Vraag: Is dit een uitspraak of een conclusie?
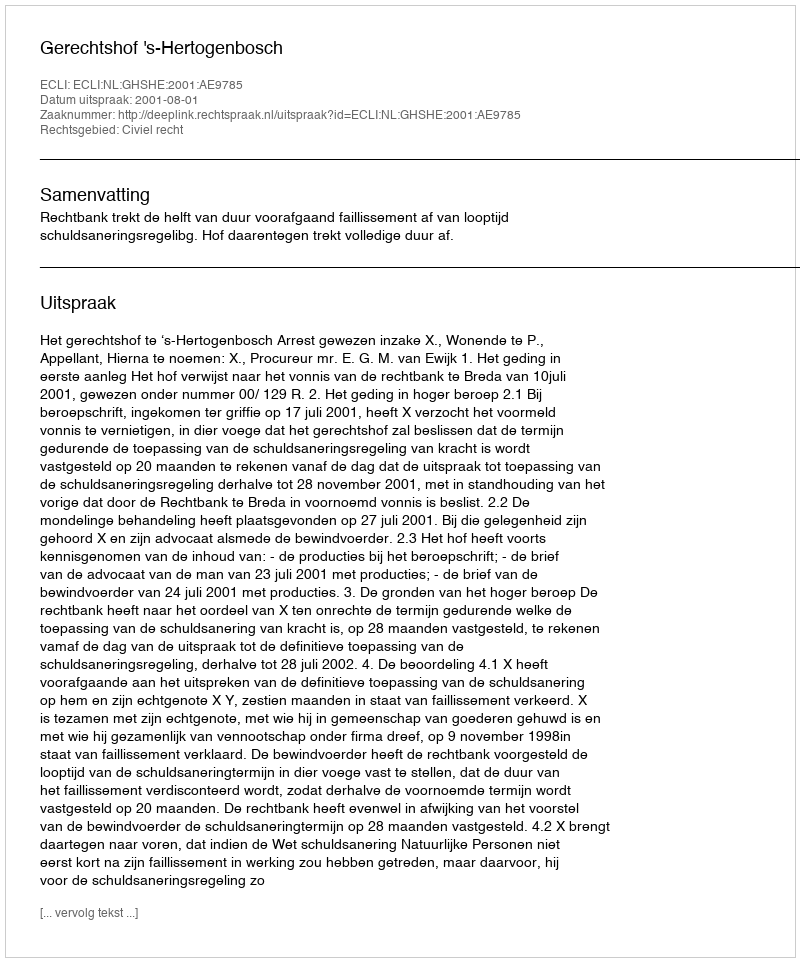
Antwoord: Uitspraak